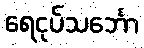
ရေငုပ်သင်္ဘော